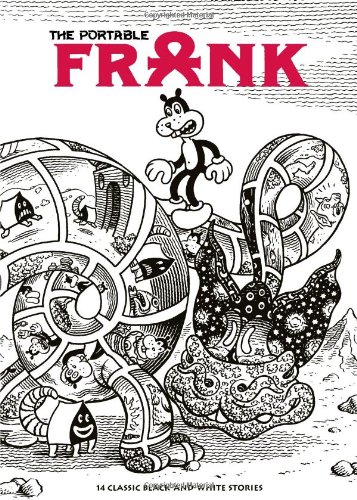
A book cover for The Portable Frank; Jim Woodring; Comics & Graphic Novels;